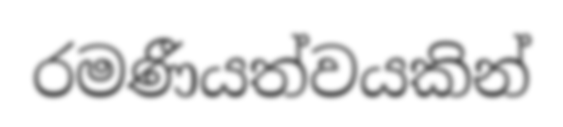
රමණීයත්වයකින්